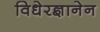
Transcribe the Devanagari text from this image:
विधेरज्ञानेन